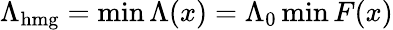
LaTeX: \Lambda_{\mathrm{hmg}}=\operatorname*{min}\Lambda(x)=\Lambda_{0}\operatorname*{min}F(x)